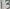
Text: 13